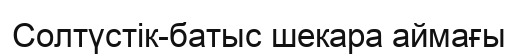
Солтүстік-батыс шекара аймағы